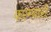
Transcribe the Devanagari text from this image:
करम्चारी